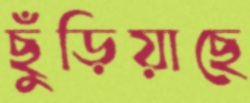
ছুঁড়িয়াছে